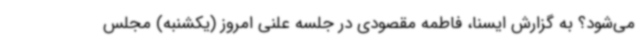
می‌شود؟ به گزارش ایسنا، فاطمه مقصودی در جلسه علنی امروز (یکشنبه) مجلس